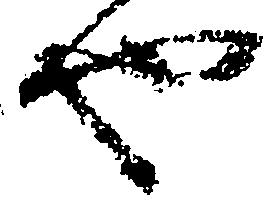
也